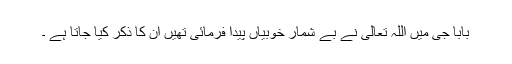
بابا جی میں اللہ تعالی نے بے شمار خوبیاں پیدا فرمائی تھیں ان کا ذکر کیا جاتا ہے ۔